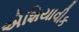
એશિયાવીક